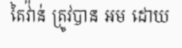
តៃវ៉ាន់ ត្រូវបាន អម ដោយ